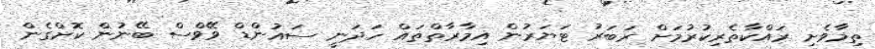
ތިމާވެށި ރައްކާތެރިކުރުމަށް ރަބަރު ޓަޔަރުން އިމާރާތްތައް ހަދަނީ ސައުންޑް ވޭވްސް ބޭނުން ކޮށްގެން